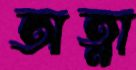
অত্না